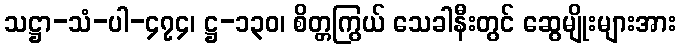
သဋ္ဌာ-သံ-ပါ-၄၇၄၊ ဋ္ဌ-၁၃၀၊ စိတ္တကြွယ် သေခါနီးတွင် ဆွေမျိုးများအား